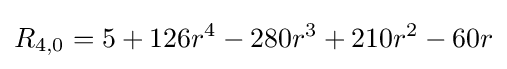
R_{4,0}=5+126r^{4}-280r^{3}+210r^{2}-60r